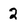
Character: 2